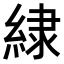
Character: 𮈡